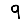
Digit: 9